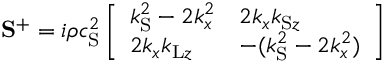
\mathbf { S } ^ { + } = i \rho c _ { \mathrm { S } } ^ { 2 } \left[ \begin{array} { l l } { k _ { \mathrm { S } } ^ { 2 } - 2 k _ { x } ^ { 2 } } & { 2 k _ { x } k _ { \mathrm { S } z } } \\ { 2 k _ { x } k _ { \mathrm { L } z } } & { - ( k _ { \mathrm { S } } ^ { 2 } - 2 k _ { x } ^ { 2 } ) } \end{array} \right]